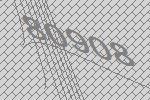
80908